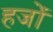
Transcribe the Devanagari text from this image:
हजों